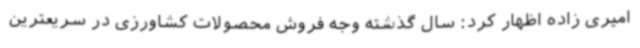
امیری زاده اظهار کرد: سال گذشته وجه فروش محصولات کشاورزی در سریعترین